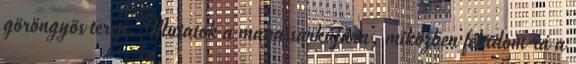
göröngyös terep. Mutatok a magassarkújára, miközben feladom rá a